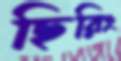
ছিরিং